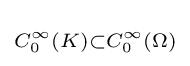
\scriptstyle {C_{0}^{\infty }(K)\subset C_{0}^{\infty }(\Omega )}